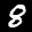
Label: 8